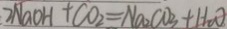
2 N a O H + C O _ { 2 } = N a _ { 2 } C O _ { 3 } + H _ { 2 } O